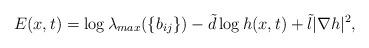
LaTeX: \begin{align*}E(x,t)=\log \lambda_{max}(\{b_{ij}\})-\tilde{d}\log h(x,t)+\tilde{l}|\nabla h|^{2},\end{align*}